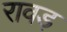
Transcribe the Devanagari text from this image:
रावड़